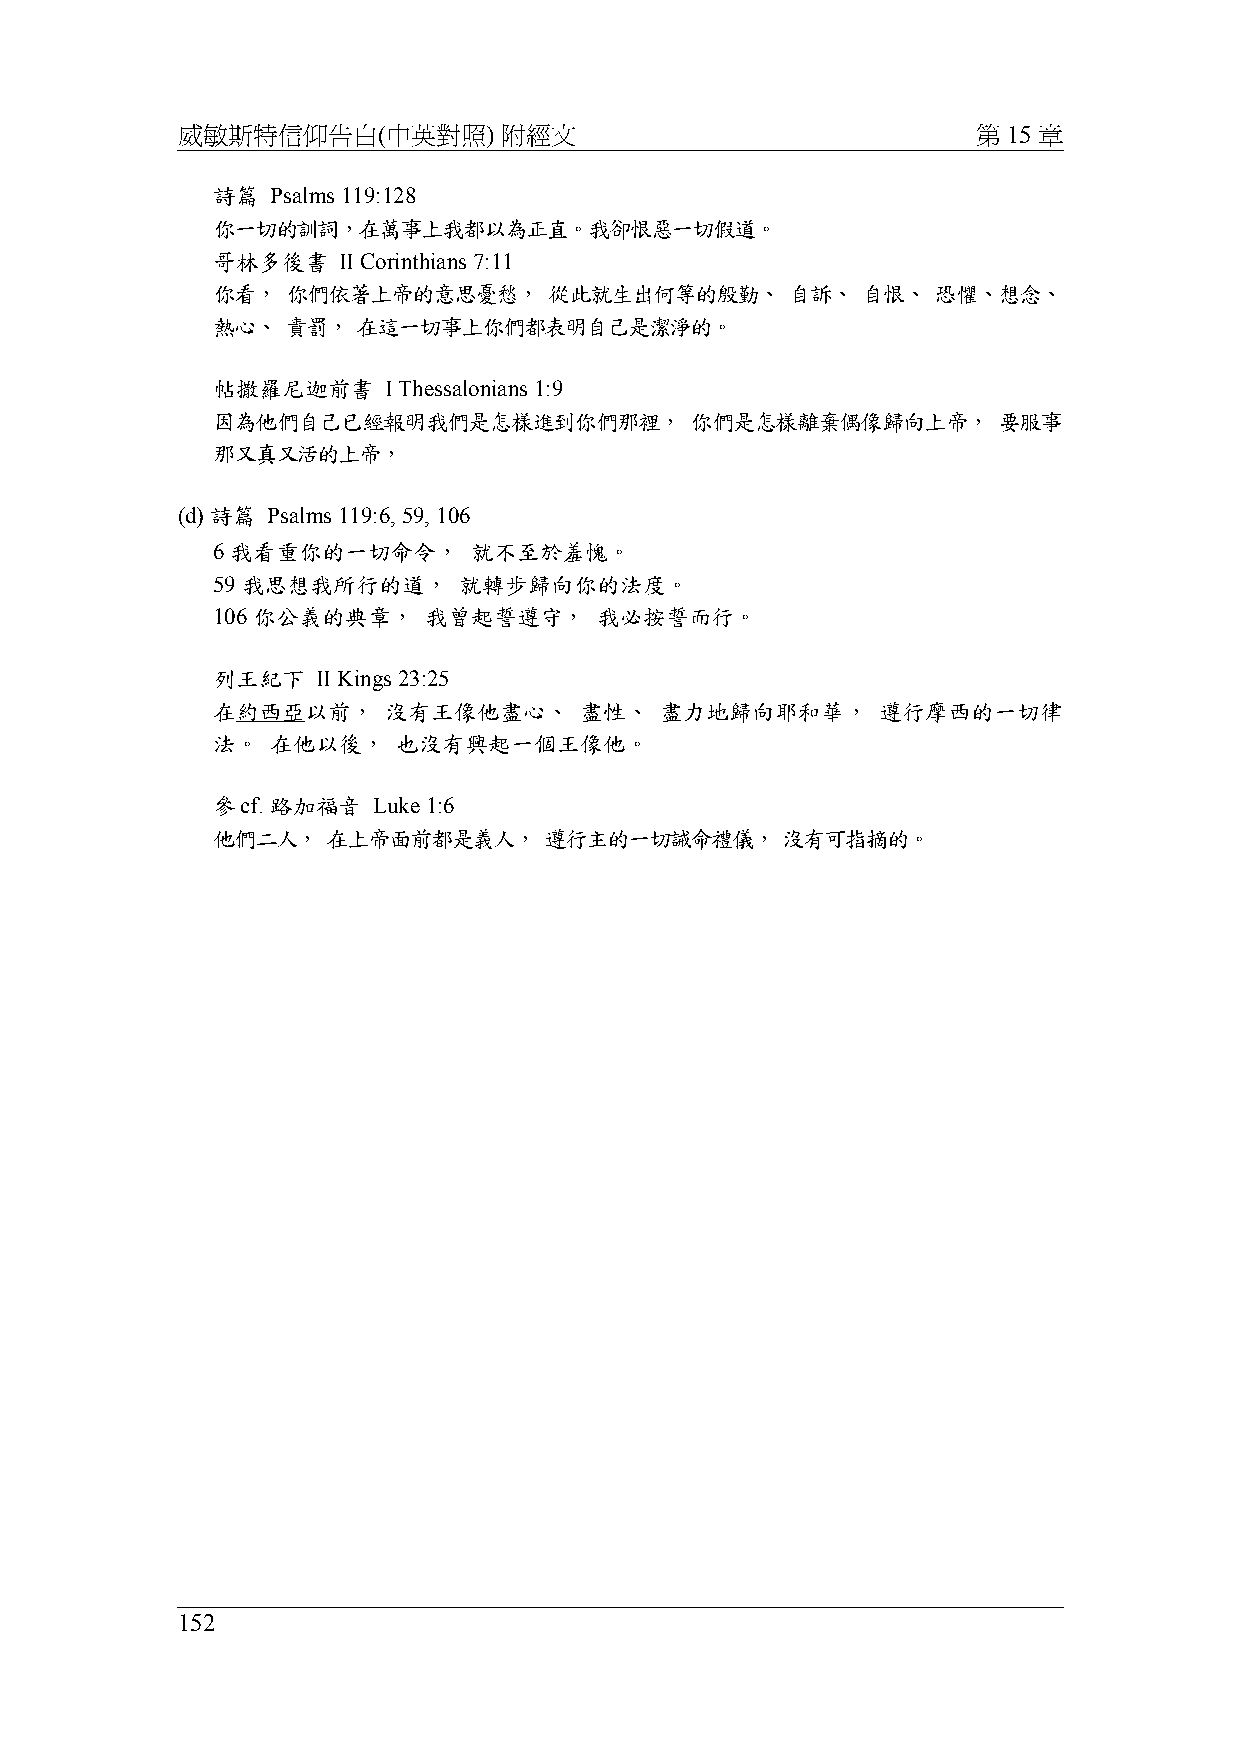
威敏斯特信仰告白(中英對照)       附經文                             第 15 章
 詩篇  Psalms 119:128
 你一切的訓詞，在萬事上我都以為正直。我卻恨惡一切假道。
 哥林多後書   II Corinthians 7:11
 你看，  你們依著上帝的意思憂愁，     從此就生出何等的殷勤、     自訴、  自恨、  恐懼、想念、
 熱心、  責罰，  在這一切事上你們都表明自己是潔淨的。
 帖撒羅尼迦前書    I Thessalonians 1:9
 因為他們自己已經報明我們是怎樣進到你們那裡，          你們是怎樣離棄偶像歸向上帝，      要服事
 那又真又活的上帝，
 (d) 詩篇 Psalms 119:6, 59, 106
 6 我看重你的一切命令，     就不至於羞愧。
 59 我思想我所行的道，    就轉步歸向你的法度。
 106 你公義的典章，   我曾起誓遵守，     我必按誓而行。
 列王紀下   II Kings 23:25
 在約西亞以前，    沒有王像他盡心、     盡性、   盡力地歸向耶和華，     遵行摩西的一切律
 法。  在他以後，   也沒有興起一個王像他。
 參cf. 路加福音  Luke 1:6
 他們二人，   在上帝面前都是義人，    遵行主的一切誡命禮儀，     沒有可指摘的。
 152